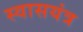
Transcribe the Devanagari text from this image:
स्वासयंत्र